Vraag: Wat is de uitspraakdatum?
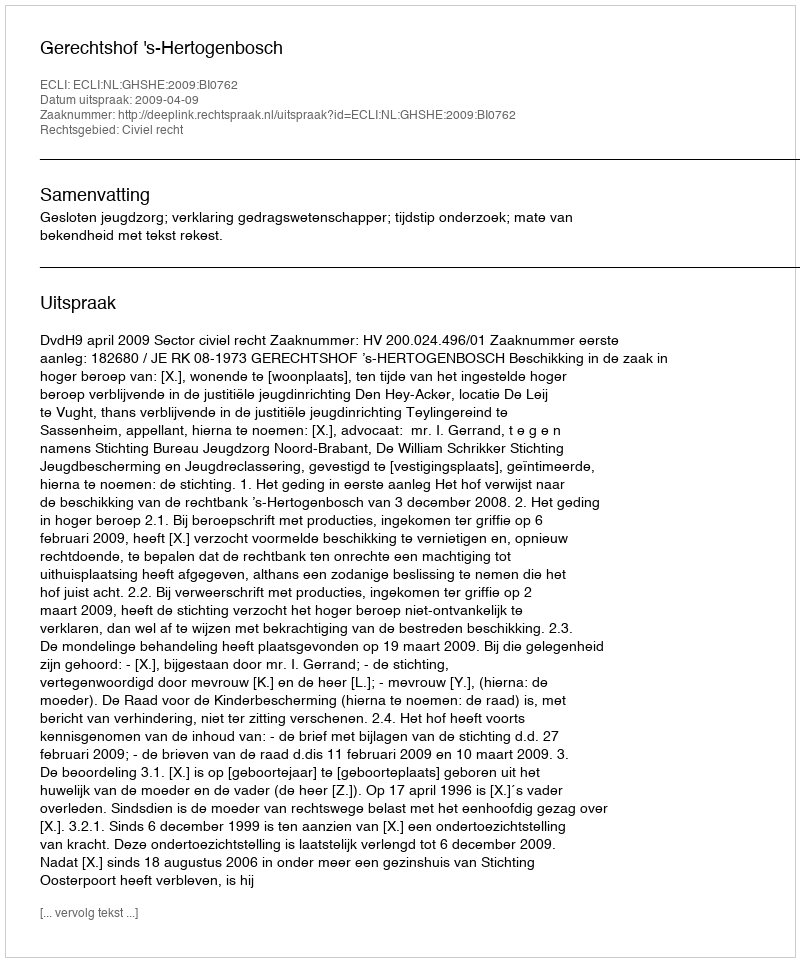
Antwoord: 2009-04-09